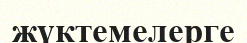
жүктемелерге